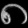
Digit: ၈